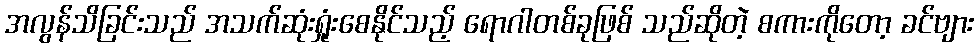
အလွန်သိခြင်းသည် အသက်ဆုံးရှုံးစေနိုင်သည့် ရောဂါတစ်ခုဖြစ် သည်ဆိုတဲ့ စကားကိုတော့ ခင်ဗျား